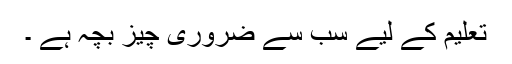
تعلیم کے لیے سب سے ضروری چیز بچہ ہے ۔